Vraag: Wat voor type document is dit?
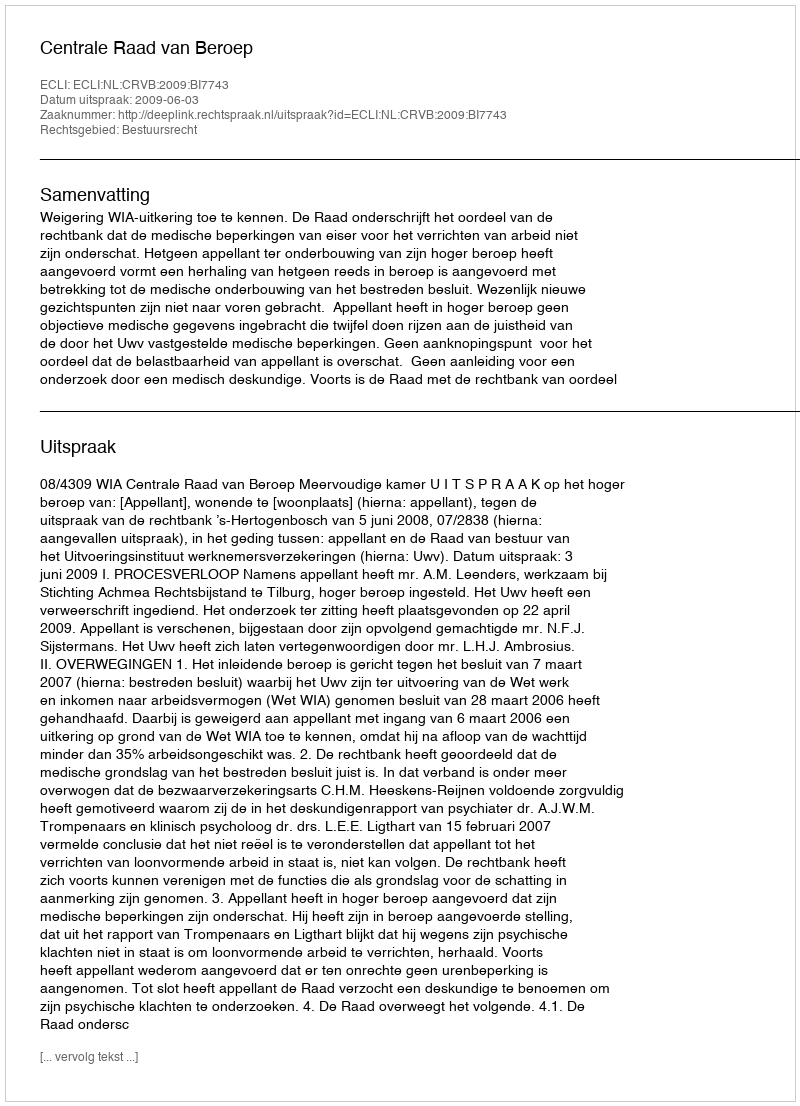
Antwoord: Uitspraak